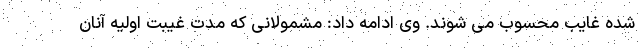
شده غایب محسوب می شوند. وی ادامه داد: مشمولانی که مدت غیبت اولیه آنان